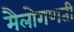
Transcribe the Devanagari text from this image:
मैलोगणती